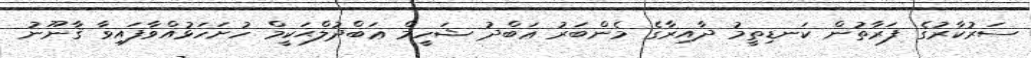
ސަރުކާރުގެ ފަރާތުން ކަނޑިތީމު ދާއިރާގެ މެންބަރު ޢަބްދު ޝަހީމް ޢަބްދުލްޙަކީމް ހުށަހަޅުއްވާފައިވާ ޤާނޫނު